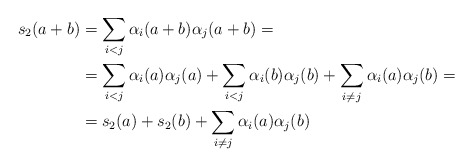
\begin{align*}s_2(a + b) &= \sum_{i<j} \alpha_i(a+b)\alpha_j(a+b) = \\&= \sum_{i<j}\alpha_i(a)\alpha_j(a) + \sum_{i<j}\alpha_i(b)\alpha_j(b) +\sum_{i\neq j}\alpha_i(a)\alpha_j(b)= \\&= s_2(a) + s_2(b) + \sum_{i\neq j} \alpha_i(a)\alpha_j(b)\end{align*}